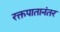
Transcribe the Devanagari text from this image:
रक्तपातानंतर